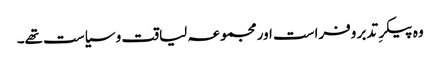
وہ پیکرِ تدبر وفراست اور مجموعہ لیاقت و سیاست تھے۔